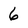
Character: 6